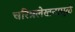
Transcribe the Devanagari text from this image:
चरित्रलेखनामुळे